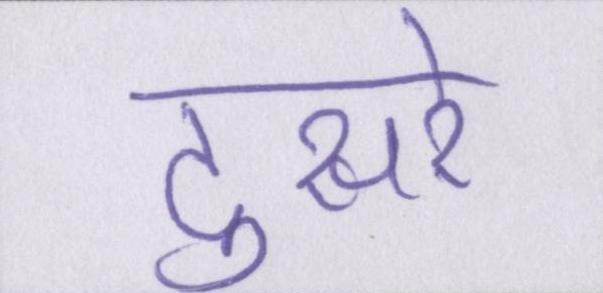
दुसरे